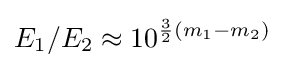
E_{1}/E_{2}\approx 10^{{\frac {3}{2}}(m_{1}-m_{2})}